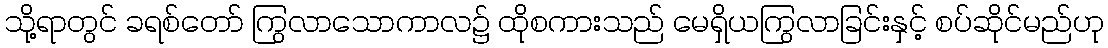
သို့ရာတွင် ခရစ်တော် ကြွလာသောကာလ၌ ထိုစကားသည် မေရှိယကြွလာခြင်းနှင့် စပ်ဆိုင်မည်ဟု